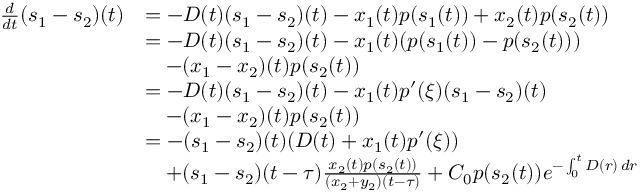
\begin{array} { r l } { \frac { d } { d t } ( s _ { 1 } - s _ { 2 } ) ( t ) } & { = - D ( t ) ( s _ { 1 } - s _ { 2 } ) ( t ) - x _ { 1 } ( t ) p ( s _ { 1 } ( t ) ) + x _ { 2 } ( t ) p ( s _ { 2 } ( t ) ) } \\ & { = - D ( t ) ( s _ { 1 } - s _ { 2 } ) ( t ) - x _ { 1 } ( t ) ( p ( s _ { 1 } ( t ) ) - p ( s _ { 2 } ( t ) ) ) } \\ & { \quad - ( x _ { 1 } - x _ { 2 } ) ( t ) p ( s _ { 2 } ( t ) ) } \\ & { = - D ( t ) ( s _ { 1 } - s _ { 2 } ) ( t ) - x _ { 1 } ( t ) p ^ { \prime } ( \xi ) ( s _ { 1 } - s _ { 2 } ) ( t ) } \\ & { \quad - ( x _ { 1 } - x _ { 2 } ) ( t ) p ( s _ { 2 } ( t ) ) } \\ & { = - ( s _ { 1 } - s _ { 2 } ) ( t ) ( D ( t ) + x _ { 1 } ( t ) p ^ { \prime } ( \xi ) ) } \\ & { \quad + ( s _ { 1 } - s _ { 2 } ) ( t - \tau ) \frac { x _ { 2 } ( t ) p ( s _ { 2 } ( t ) ) } { ( x _ { 2 } + y _ { 2 } ) ( t - \tau ) } + C _ { 0 } p ( s _ { 2 } ( t ) ) e ^ { - \int _ { 0 } ^ { t } D ( r ) \, d r } } \end{array}